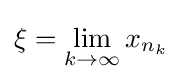
\xi =\lim _{k\to \infty }x_{n_{k}}